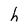
Character: h